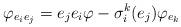
LaTeX: \begin{align*}\varphi _{e_{i}e_{j}}=e_{j}e_{i}\varphi -\sigma _{i}^{k}(e_{j})\varphi_{e_{k}} \end{align*}